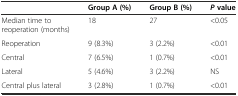
<table><thead><tr><td></td><td><b>Group A (%)</b></td><td><b>Group B (%)</b></td><td><b><i>P</i>value</b></td></tr></thead><tbody><tr><td>Median time to reoperation (months)</td><td>18</td><td>27</td><td>&lt;0.05</td></tr><tr><td>Reoperation</td><td>9 (8.3%)</td><td>3 (2.2%)</td><td>&lt;0.01</td></tr><tr><td>Central</td><td>7 (6.5%)</td><td>1 (0.7%)</td><td>&lt;0.01</td></tr><tr><td>Lateral</td><td>5 (4.6%)</td><td>3 (2.2%)</td><td>NS</td></tr><tr><td>Central plus lateral</td><td>3 (2.8%)</td><td>1 (0.7%)</td><td>&lt;0.01</td></tr></tbody></table>